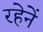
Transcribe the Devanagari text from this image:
रहेनें